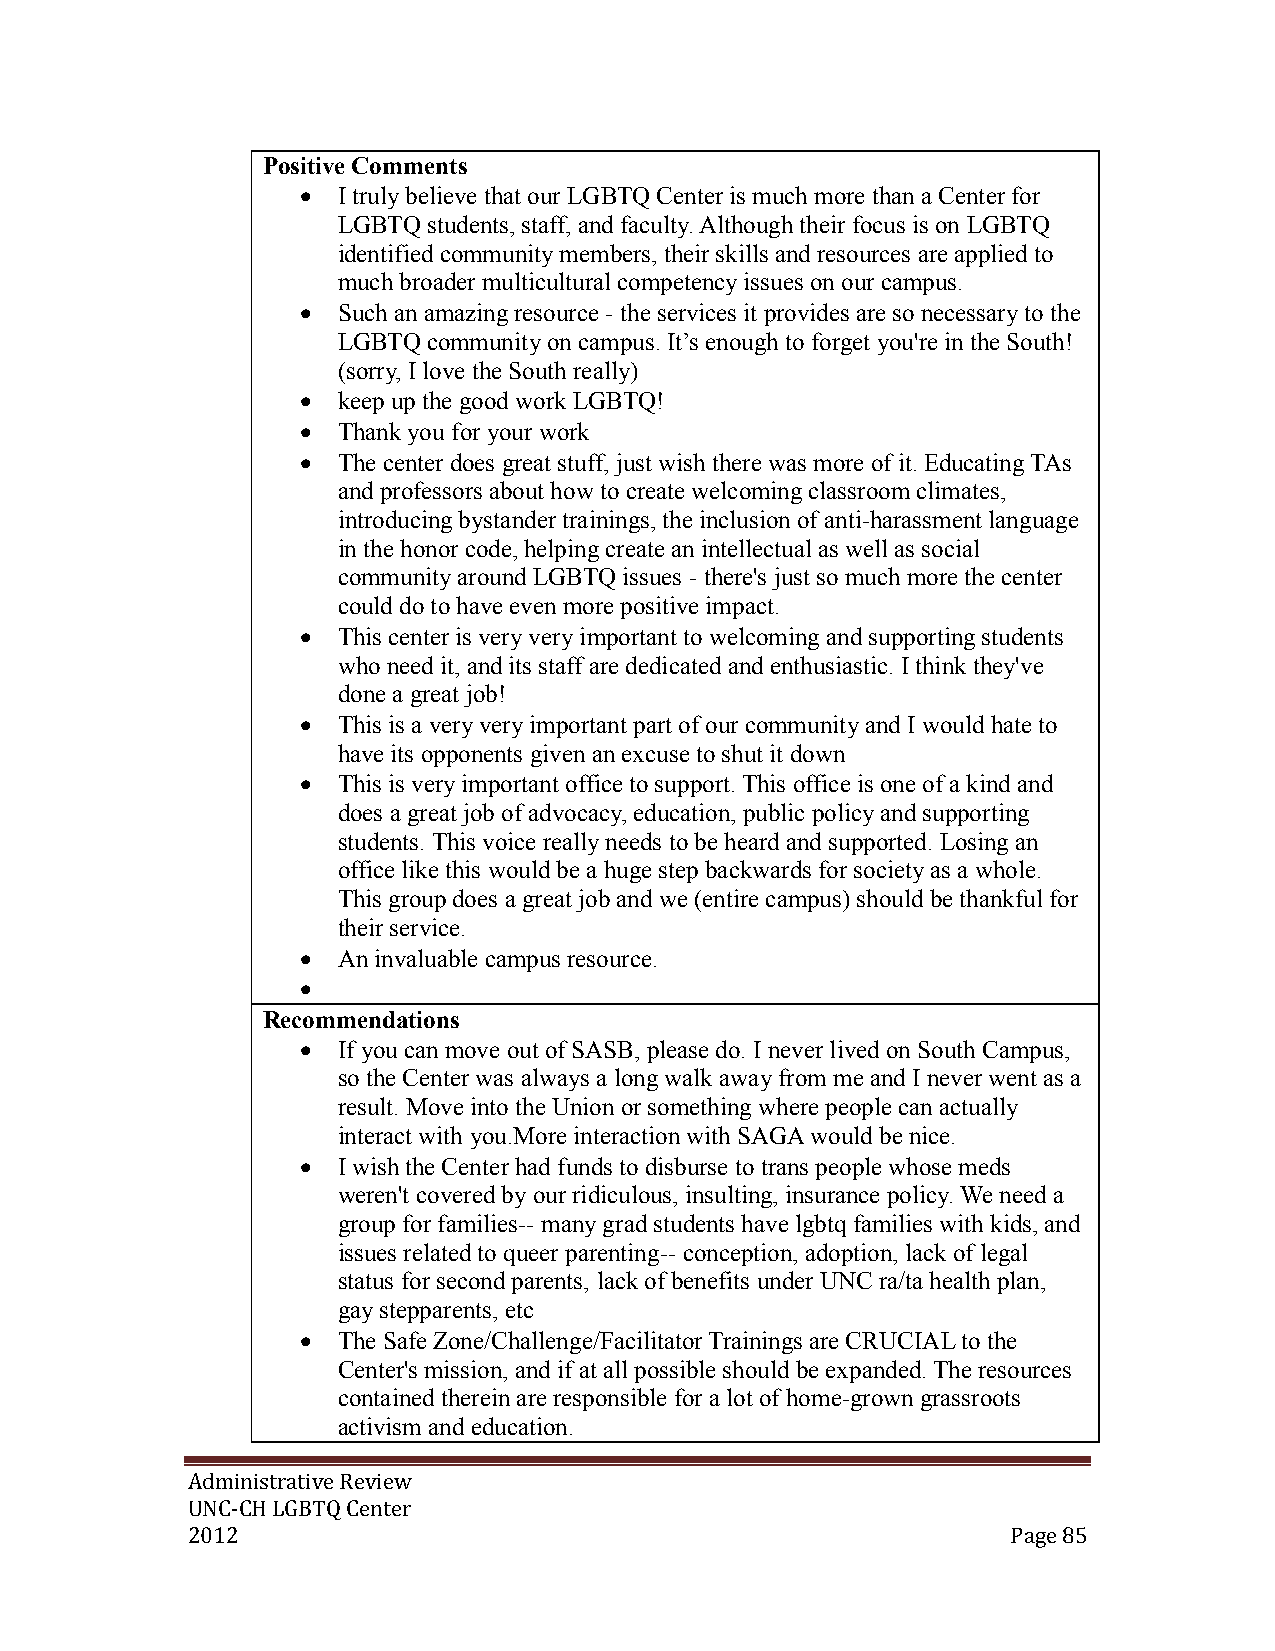
Positive Comments
  I truly believe that our LGBTQ Center is much more than a Center for
 LGBTQ students, staff, and faculty. Although their focus is on LGBTQ
 identified community members, their skills and resources are applied to
 much broader multicultural competency issues on our campus.
  Such an amazing resource - the services it provides are so necessary to the
 LGBTQ community on campus. It’s enough to forget you're in the South!
 (sorry, I love the South really)
  keep up the good work LGBTQ!
  Thank you for your work
  The center does great stuff, just wish there was more of it. Educating TAs
 and professors about how to create welcoming classroom climates,
 introducing bystander trainings, the inclusion of anti-harassment language
 in the honor code, helping create an intellectual as well as social
 community around LGBTQ issues - there's just so much more the center
 could do to have even more positive impact.
  This center is very very important to welcoming and supporting students
 who need it, and its staff are dedicated and enthusiastic. I think they've
 done a great job!
  This is a very very important part of our community and I would hate to
 have its opponents given an excuse to shut it down
  This is very important office to support. This office is one of a kind and
 does a great job of advocacy, education, public policy and supporting
 students. This voice really needs to be heard and supported. Losing an
 office like this would be a huge step backwards for society as a whole.
 This group does a great job and we (entire campus) should be thankful for
 their service.
  An invaluable campus resource.
 
 Recommendations
  If you can move out of SASB, please do. I never lived on South Campus,
 so the Center was always a long walk away from me and I never went as a
 result. Move into the Union or something where people can actually
 interact with you.More interaction with SAGA would be nice.
  I wish the Center had funds to disburse to trans people whose meds
 weren't covered by our ridiculous, insulting, insurance policy. We need a
 group for families-- many grad students have lgbtq families with kids, and
 issues related to queer parenting-- conception, adoption, lack of legal
 status for second parents, lack of benefits under UNC ra/ta health plan,
 gay stepparents, etc
  The Safe Zone/Challenge/Facilitator Trainings are CRUCIAL to the
 Center's mission, and if at all possible should be expanded. The resources
 contained therein are responsible for a lot of home-grown grassroots
 activism and education.
 Administrative Review
 UNC-CH LGBTQ Center
 2012                                                   Page 85